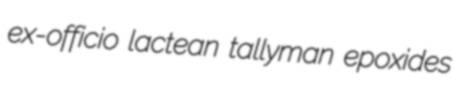
ex-officio lactean tallyman epoxides